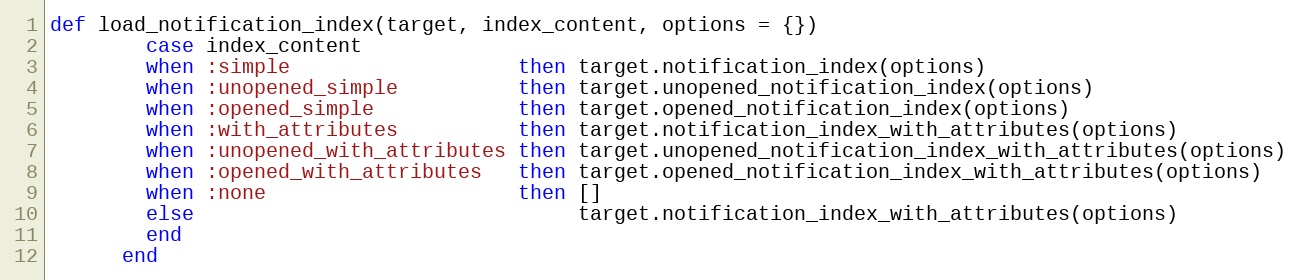
Language: Ruby
def load_notification_index(target, index_content, options = {})
        case index_content
        when :simple                   then target.notification_index(options)
        when :unopened_simple          then target.unopened_notification_index(options)
        when :opened_simple            then target.opened_notification_index(options)
        when :with_attributes          then target.notification_index_with_attributes(options)
        when :unopened_with_attributes then target.unopened_notification_index_with_attributes(options)
        when :opened_with_attributes   then target.opened_notification_index_with_attributes(options)
        when :none                     then []
        else                                target.notification_index_with_attributes(options)
        end
      end